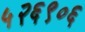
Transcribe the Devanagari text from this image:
५२६९०६